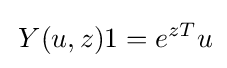
\,Y(u,z)1=e^{zT}u